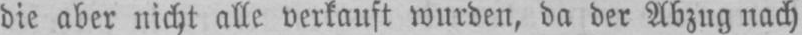
die aber nicht alle verkauft wurden, da der Abzug nach